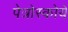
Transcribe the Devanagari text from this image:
पेत्रोस्कोये